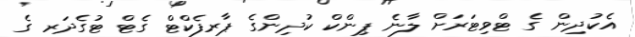
އެކުދިން ގެ ޓްވިޓަރަށް ލާނެ ޕިންކް ކުދިންގެ ޕާރފެކްޓް ގެޓް ޓުގެދަރ ގެ